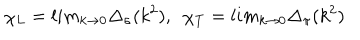
\chi _ { L } = l i m _ { k \rightarrow 0 } \Delta _ { \sigma } ( k ^ { 2 } ) , \ \ \chi _ { T } = l i m _ { k \rightarrow 0 } \Delta _ { \pi } ( k ^ { 2 } )